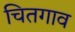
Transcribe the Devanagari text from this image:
चितगाव